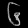
Digit: ၆